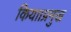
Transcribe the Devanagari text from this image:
किया।प्रमुख